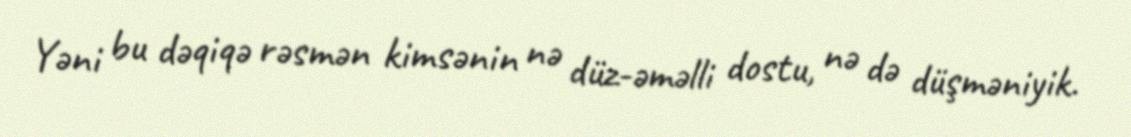
Yəni bu dəqiqə rəsmən kimsənin nə düz-əməlli dostu, nə də düşməniyik.